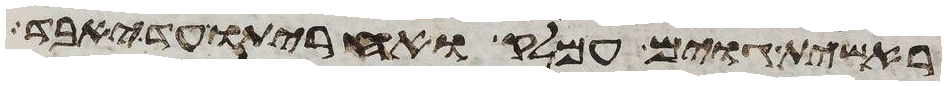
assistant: ראשית גוים עמלק ואחריתו עד יאבד